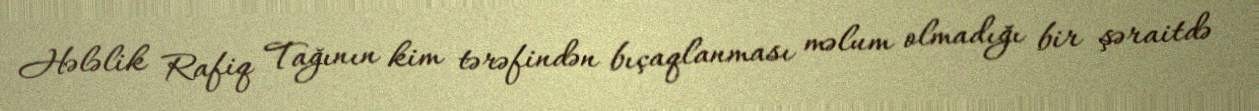
Hələlik Rafiq Tağının kim tərəfindən bıçaqlanması məlum olmadığı bir şəraitdə